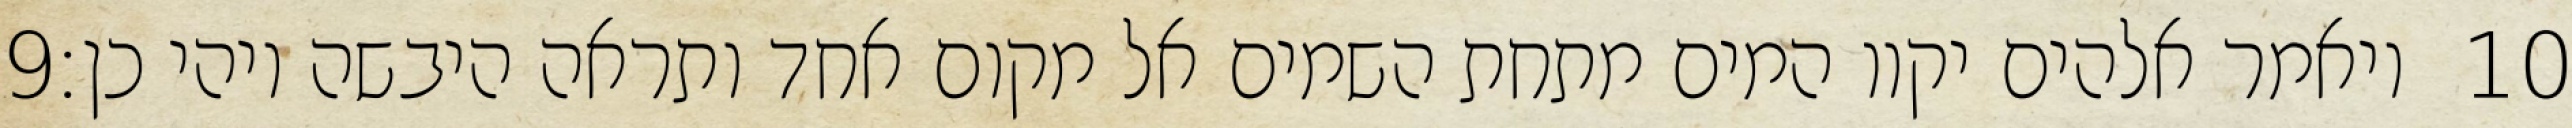
‎9‏ ויאמר אלהים יקוו המים מתחת השמים אל מקום אחד ותראה היבשה ויהי כן׃ ‎10‏